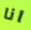
انا